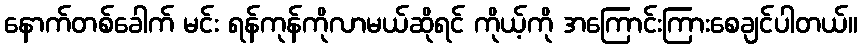
နောက်တစ်ခေါက် မင်း ရန်ကုန်ကိုလာမယ်ဆိုရင် ကိုယ့်ကို အကြောင်းကြားစေချင်ပါတယ်။